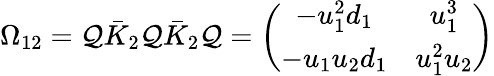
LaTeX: \Omega_{12}=\mathcal{Q}\bar{{K}}_{2}\mathcal{Q}\bar{{K}}_{2}\mathcal{Q}=\left(\begin{array}{cc}{{-u_{1}^{2}d_{1}}}&{{u_{1}^{3}}}\\ {{-u_{1}u_{2}d_{1}}}&{{u_{1}^{2}u_{2}}}\end{array}\right)